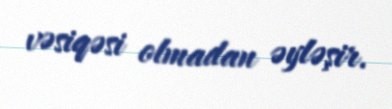
vəsiqəsi olmadan əyləşir.